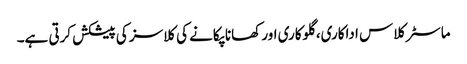
ماسٹر کلاس اداکاری، گلوکاری اور کھانا پکانے کی کلاسز کی پیشکش کرتی ہے۔